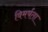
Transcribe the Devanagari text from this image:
विमर्षता